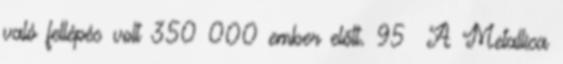
való fellépés volt 350 000 ember előtt. 95 A Metallica